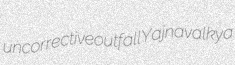
uncorrective outfall Yajnavalkya